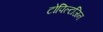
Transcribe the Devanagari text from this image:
टोपिल्टजिन